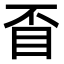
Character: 𥄓